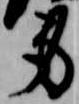
身